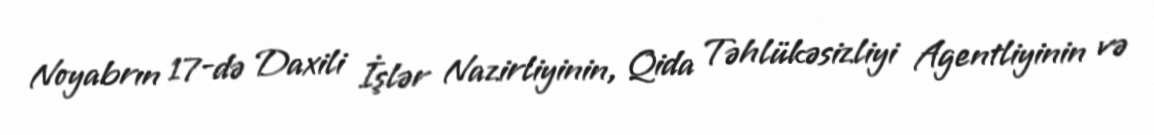
Noyabrın 17-də Daxili İşlər Nazirliyinin, Qida Təhlükəsizliyi Agentliyinin və